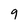
Character: 9